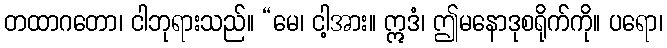
တထာဂတော၊ ငါဘုရားသည်။ “မေ၊ ငါ့အား။ ဣဒံ၊ ဤမနောဒုစရိုက်ကို။ ပရော၊